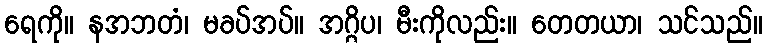
ရေကို။ နအဘတံ၊ မခပ်အပ်။ အဂ္ဂိပ၊ မီးကိုလည်း။ တေတယာ၊ သင်သည်။